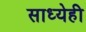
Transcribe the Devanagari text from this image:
साध्येही